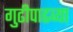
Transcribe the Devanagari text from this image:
गुढीपाढव्या